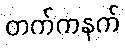
တက်ကနက်